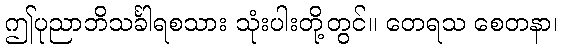
ဤပုညာဘိသင်္ခါရစသား သုံးပါးတို့တွင်။ တေရသ စေတနာ၊